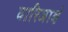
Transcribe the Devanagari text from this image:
वारिजाक्षं